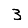
Digit: 3